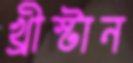
খ্রীস্টান